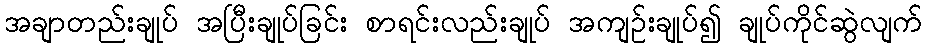
အချာတည်းချုပ် အပြီးချုပ်ခြင်း စာရင်းလည်းချုပ် အကျဉ်းချုပ်၍ ချုပ်ကိုင်ဆွဲလျက်